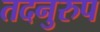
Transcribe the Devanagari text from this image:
तदनुरुप